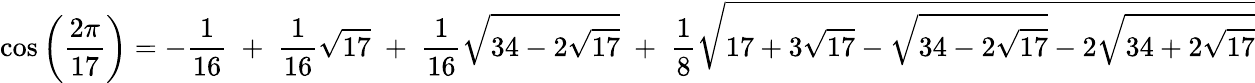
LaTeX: \cos{\left({\frac{2\pi}{17}}\right)}=-{\frac{1}{16}}\; +\; {\frac{1}{16}}{\sqrt{17}}\; +\; {\frac{1}{16}}{\sqrt{34-2{\sqrt{17}}}}\; +\; {\frac{1}{8}}{\sqrt{17+3{\sqrt{17}}-{\sqrt{34-2{\sqrt{17}}}}-2{\sqrt{34+2{\sqrt{17}}}}}}